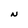
Character: N